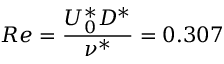
R e = \frac { U _ { 0 } ^ { * } D ^ { * } } { \nu ^ { * } } = 0 . 3 0 7